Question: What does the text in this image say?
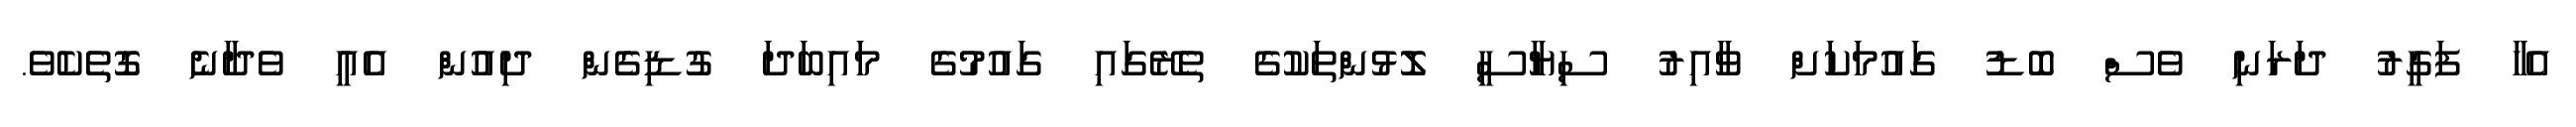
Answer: އެހާ ފަގީރު ދަރަނި ވެސް ބޮޑު ގައުމަކަށް ވާއިރު ސިޔާސީ ލޮޅުންތަކުގެ ތެރޭގައި ގައުމުގެ މައިބަދަ ގުޑިގެން ދިއުން އެއީ ވެދާނެ ގޮތެކެވެ.